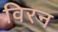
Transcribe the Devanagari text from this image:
विरन